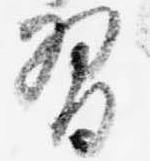
習